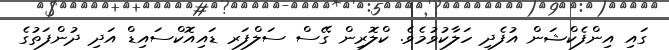
ގައި އިންފެކްޝަން އުފެދި ހަލާކުވުމެވެ. ކްލޮރިން ގޭސް ސަލްފަރ ޑައިއޮކްސައިޑް އަދި ދުންފަތުގެ